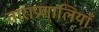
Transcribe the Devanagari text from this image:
ताराप्रणालियाँ